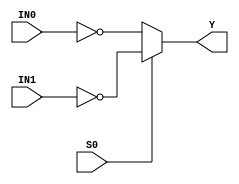
//------------------------------------------------------
// Copyright 1992, 1993 Cascade Design Automation Corporation.
//------------------------------------------------------
module stdmux2i(IN0,IN1,S0,Y);
  parameter
        d_IN0_r = 0,
        d_IN0_f = 0,
        d_IN1_r = 0,
        d_IN1_f = 0,
        d_S0_r = 0,
        d_S0_f = 0,
        d_Y_r = 1,
        d_Y_f = 1;
  input  IN0;
  input  IN1;
  input  S0;
  output  Y;
  wire  IN0_temp;
  wire  IN1_temp;
  wire  S0_temp;
  reg  Y_temp;
  assign #(d_IN0_r,d_IN0_f) IN0_temp = IN0;
  assign #(d_IN1_r,d_IN1_f) IN1_temp = IN1;
  assign #(d_S0_r,d_S0_f) S0_temp = S0;
  assign #(d_Y_r,d_Y_f) Y = Y_temp;
  always
    @(IN0_temp or IN1_temp or S0_temp)
      begin
      if((S0_temp == 1'b0))
        Y_temp = ( ~ IN0_temp);
      else      if((S0_temp == 1'b1))
        Y_temp = ( ~ IN1_temp);
      else
        Y_temp = 128'bx;
      end
endmodule